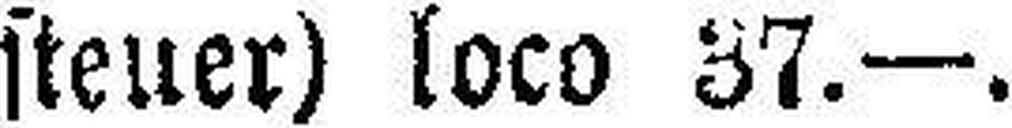
steuer) loco 37.—.